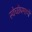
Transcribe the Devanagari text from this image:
स्वेच्छेप्रमाणें